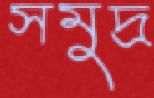
সমুদ্র